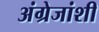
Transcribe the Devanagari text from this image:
अंग्रेजांशी